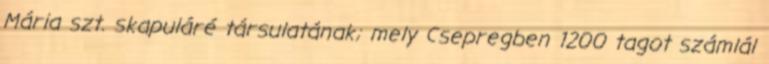
Mária szt. skapuláré társulatának; mely Csepregben 1200 tagot számlál